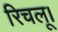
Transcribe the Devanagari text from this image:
रिचलू।